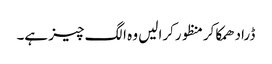
ڈرادھمکاکرمنظورکرالیں وہ الگ چیز ہے۔